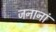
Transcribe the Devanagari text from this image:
जनानां